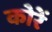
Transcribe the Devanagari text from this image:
कोरें